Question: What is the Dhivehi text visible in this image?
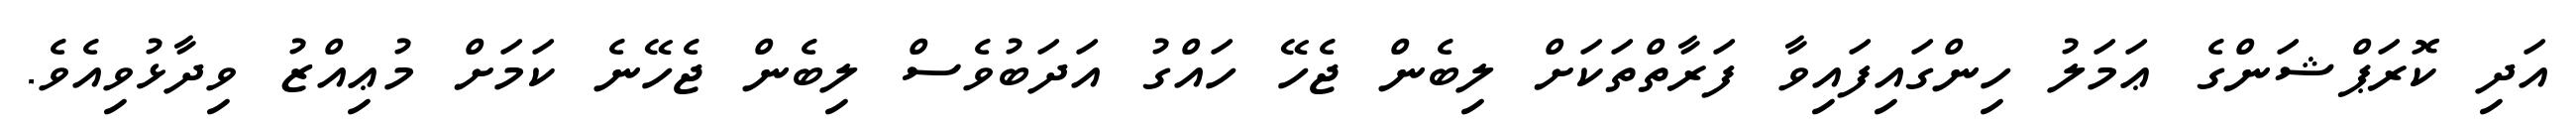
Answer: އަދި ކޮރަޕްޝަންގެ ޢަމަލު ހިންގައިފައިވާ ފަރާތްތަކަށް ލިބެން ޖެހޭ ހައްގު އަދަބުވެސް ލިބެން ޖެހޭނެ ކަމަށް މުޢިއްޒު ވިދާޅުވިއެވެ.